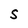
Character: S